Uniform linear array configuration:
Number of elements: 48
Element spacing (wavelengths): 0.5
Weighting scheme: kaiser
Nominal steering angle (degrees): -60
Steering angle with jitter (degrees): -58.109
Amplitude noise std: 0.05
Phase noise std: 0.05

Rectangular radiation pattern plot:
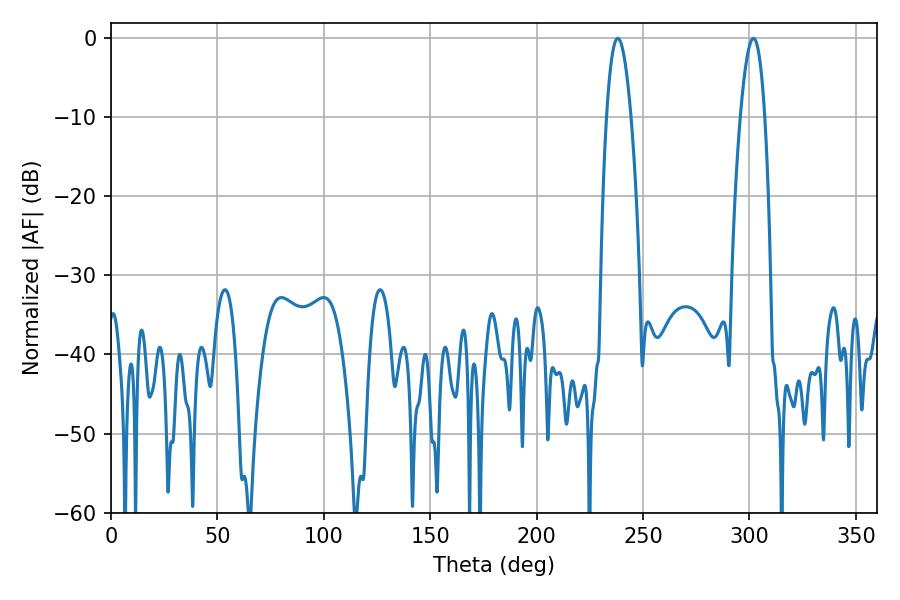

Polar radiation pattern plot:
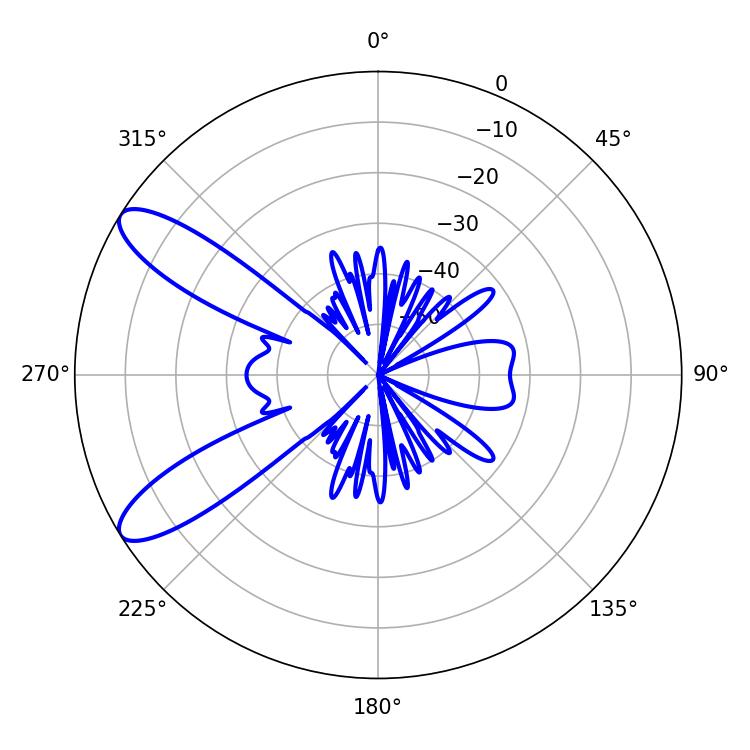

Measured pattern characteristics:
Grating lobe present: FALSE
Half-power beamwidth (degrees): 6.3
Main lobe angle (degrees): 238.14